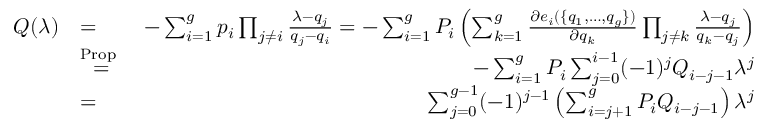
\begin{array} { r l r } { Q ( \lambda ) } & { = } & { - \sum _ { i = 1 } ^ { g } p _ { i } \prod _ { j \neq i } \frac { \lambda - q _ { j } } { q _ { j } - q _ { i } } = - \sum _ { i = 1 } ^ { g } P _ { i } \left( \sum _ { k = 1 } ^ { g } \frac { \partial e _ { i } ( \{ q _ { 1 } , \dots , q _ { g } \} ) } { \partial q _ { k } } \prod _ { j \neq k } \frac { \lambda - q _ { j } } { q _ { k } - q _ { j } } \right) } \\ & { \overset { \mathrm { P r o p ~ } } { = } } & { - \sum _ { i = 1 } ^ { g } P _ { i } \sum _ { j = 0 } ^ { i - 1 } ( - 1 ) ^ { j } Q _ { i - j - 1 } \lambda ^ { j } } \\ & { = } & { \sum _ { j = 0 } ^ { g - 1 } ( - 1 ) ^ { j - 1 } \left( \sum _ { i = j + 1 } ^ { g } P _ { i } Q _ { i - j - 1 } \right) \lambda ^ { j } } \end{array}